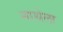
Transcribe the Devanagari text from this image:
नाथेला